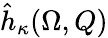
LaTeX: \hat{h}_{\kappa}(\Omega,Q)